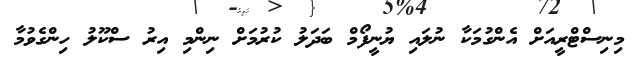
މިނިސްޓްރީއަށް އެންގުމަކާ ނުލައި ޔުނީފޯމް ބަދަލު ކުރުމަށް ނިންމި އިރު ސްކޫލު ހިންގެވުމާ